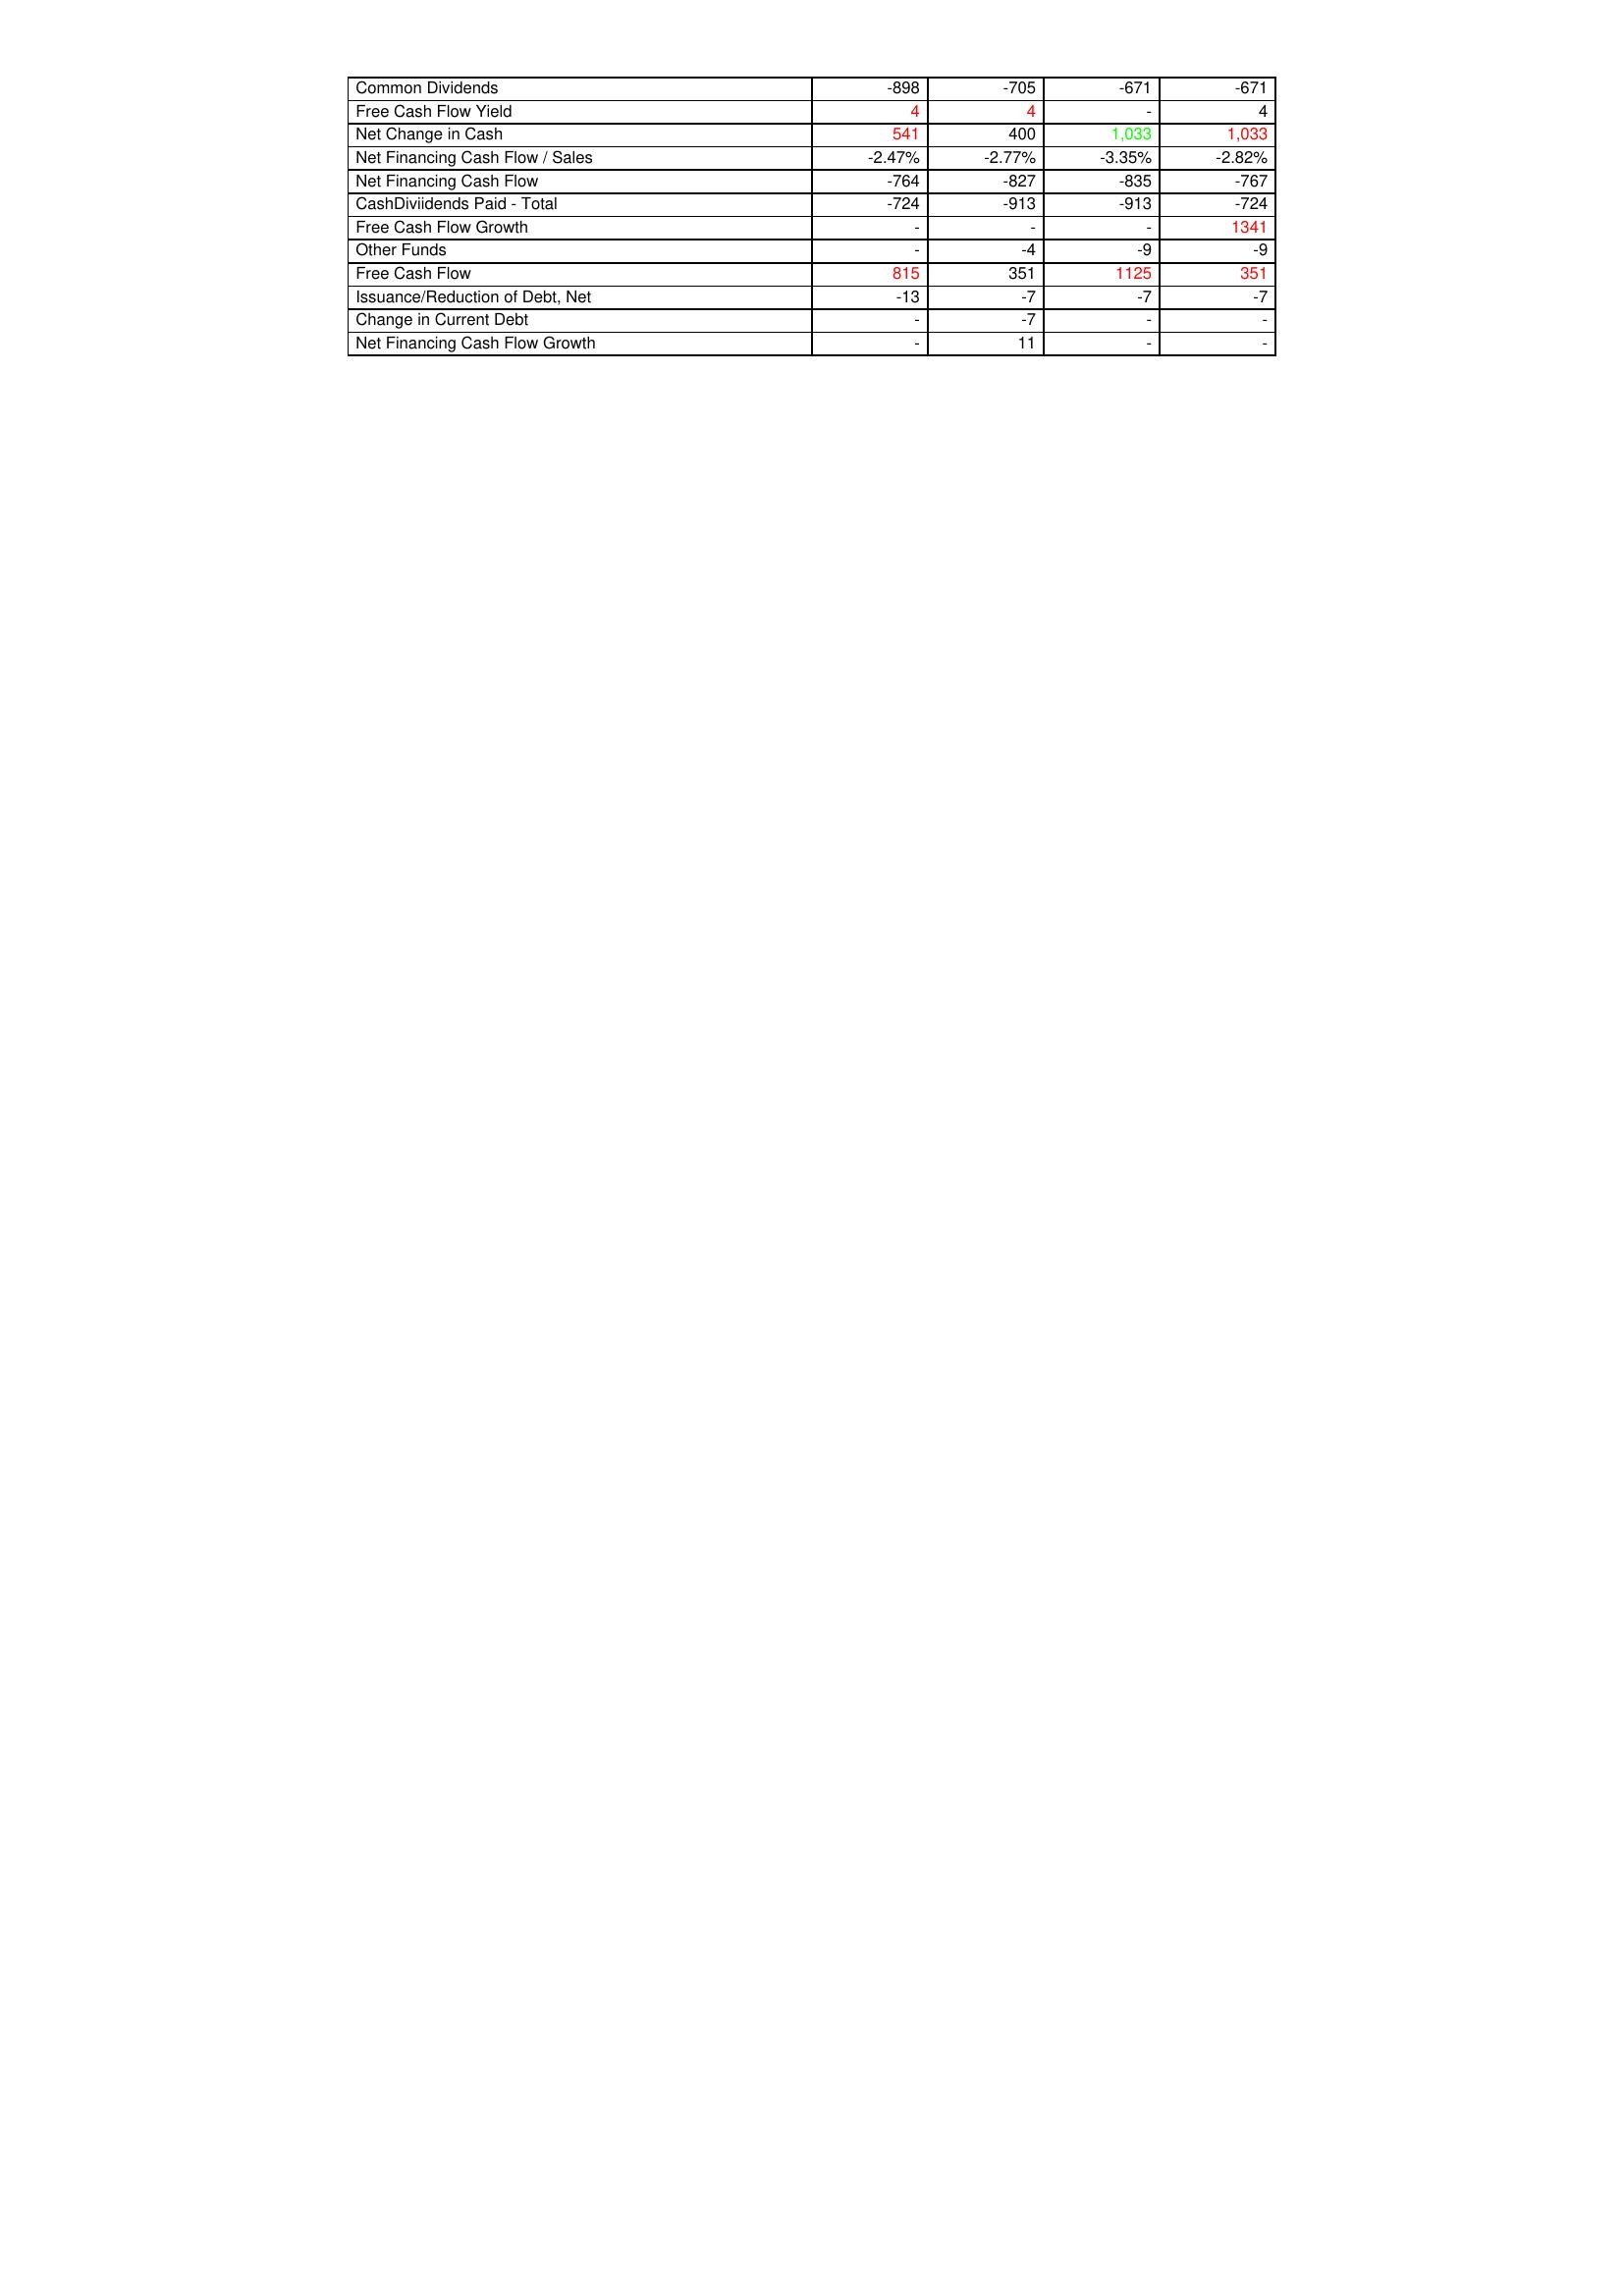
gt_parse: 2009: Financing Activities: Common Dividends: -898
Free Cash Flow Yield: 4
Net Change in Cash: 541
Net Financing Cash Flow / Sales: -2.47%
Net Financing Cash Flow: -764
CashDiviidends Paid - Total: -724
Free Cash Flow Growth: -
Other Funds: -
Free Cash Flow: 815
Issuance/Reduction of Debt, Net: -13
Change in Current Debt: -
Net Financing Cash Flow Growth: -
2010: Financing Activities: Common Dividends: -705
Free Cash Flow Yield: 4
Net Change in Cash: 400
Net Financing Cash Flow / Sales: -2.77%
Net Financing Cash Flow: -827
CashDiviidends Paid - Total: -913
Free Cash Flow Growth: -
Other Funds: -4
Free Cash Flow: 351
Issuance/Reduction of Debt, Net: -7
Change in Current Debt: -7
Net Financing Cash Flow Growth: 11
2011: Financing Activities: Common Dividends: -671
Free Cash Flow Yield: -
Net Change in Cash: 1,033
Net Financing Cash Flow / Sales: -3.35%
Net Financing Cash Flow: -835
CashDiviidends Paid - Total: -913
Free Cash Flow Growth: -
Other Funds: -9
Free Cash Flow: 1125
Issuance/Reduction of Debt, Net: -7
Change in Current Debt: -
Net Financing Cash Flow Growth: -
2012: Financing Activities: Common Dividends: -671
Free Cash Flow Yield: 4
Net Change in Cash: 1,033
Net Financing Cash Flow / Sales: -2.82%
Net Financing Cash Flow: -767
CashDiviidends Paid - Total: -724
Free Cash Flow Growth: 1341
Other Funds: -9
Free Cash Flow: 351
Issuance/Reduction of Debt, Net: -7
Change in Current Debt: -
Net Financing Cash Flow Growth: -